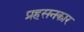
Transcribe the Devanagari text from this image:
प्रहसनकार